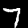
Digit: 7